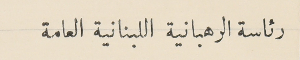
رئاسة الرهبانية اللبنانية العامة